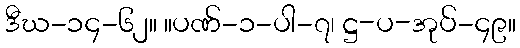
ဒီဃ-၁၄-၆၂။ ။ပဏ်-၁-ပါ-၇၊ ဋ္ဌ-ပ-အုပ်-၄၉။